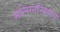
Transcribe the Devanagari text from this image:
मलिग्नन्किएस